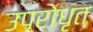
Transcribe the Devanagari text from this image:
उपरोधृत